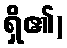
ရှိ၏)